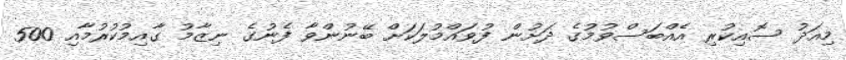
މިއަދު ސޮއިކުރި އެއްބަސްވުމުގެ ދަށުން ފުވައްމުލަކަށް ބޭނުންވާ ފެނުގެ ނިޒާމު ގާއިމުކުރުމާއި 500